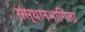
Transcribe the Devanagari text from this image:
संस्थानभागिता